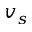
v _ { s }